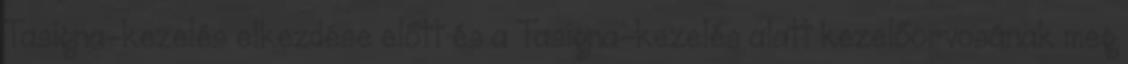
Tasigna-kezelés elkezdése előtt és a Tasigna-kezelés alatt kezelőorvosának meg